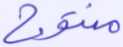
منتوج